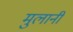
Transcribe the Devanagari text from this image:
मुलानी